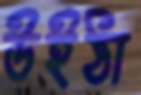
উইঠা